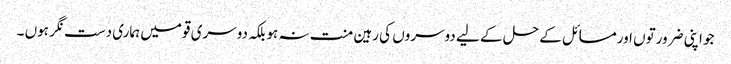
جو اپنی ضرورتوں اورمسائل کے حل کے لیے دوسروں کی رہین منت نہ ہوبلکہ دوسری قومیں ہماری دست نگر ہوں ۔